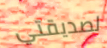
لصديقتي